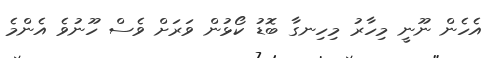
އެހެން ނޫނީ މިހާރު މިހިނގާ ބޮޑު ކޯޅުން ވަރަށް ވެސް ހޫނުވެ އެންމެ